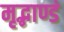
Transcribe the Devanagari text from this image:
मृद्भाण्डं